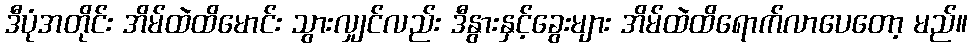
ဒီပုံအတိုင်း အိမ်ထဲထိမောင်း သွားလျှင်လည်း ဒီနွားနှင့်ခွေးများ အိမ်ထဲထိရောက်လာပေတော့ မည်။